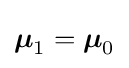
{\boldsymbol {\mu }}_{1}={\boldsymbol {\mu }}_{0}